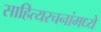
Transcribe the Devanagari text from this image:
साहित्यरचनांमध्ये